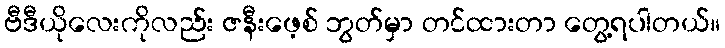
ဗီဒီယိုလေးကိုလည်း ဇနီးဖေ့စ် ဘွတ်မှာ တင်ထားတာ တွေ့ရပါတယ်။